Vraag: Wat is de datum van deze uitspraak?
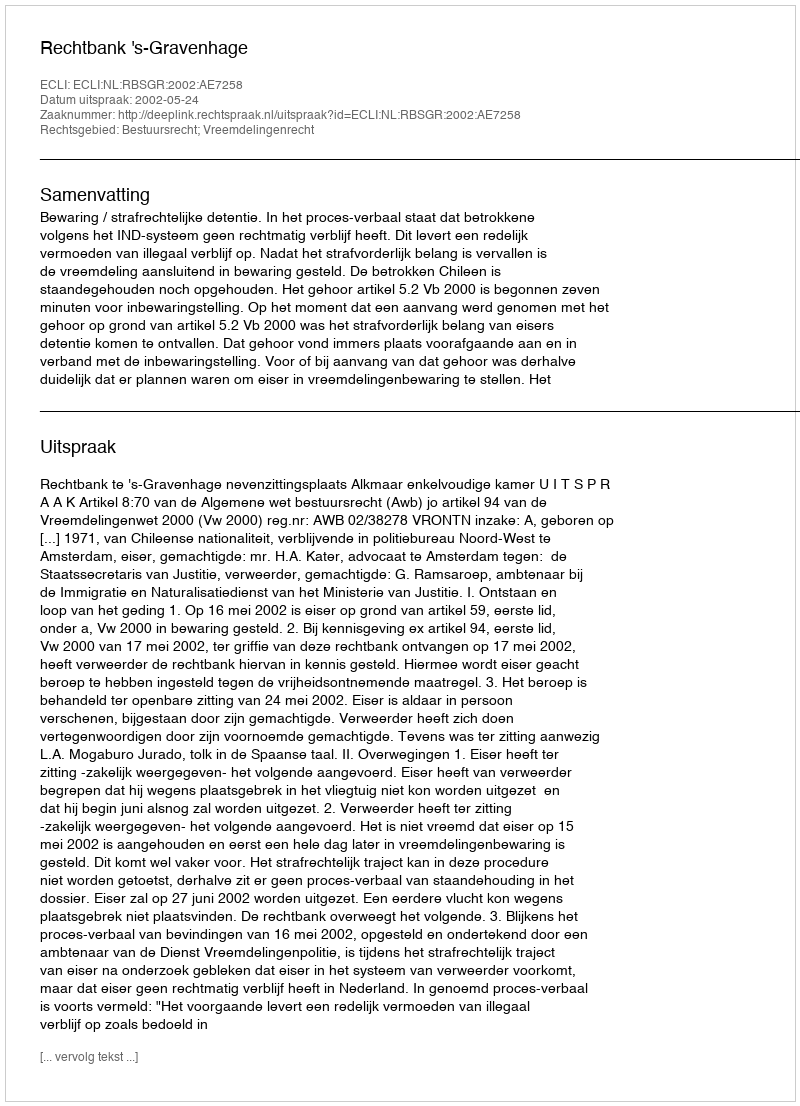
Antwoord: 2002-05-24